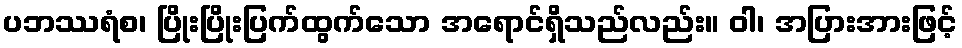
ပဘဿရံစ၊ ပြိုးပြိုးပြက်ထွက်သော အရောင်ရှိသည်လည်း။ ဝါ၊ အပြားအားဖြင့်